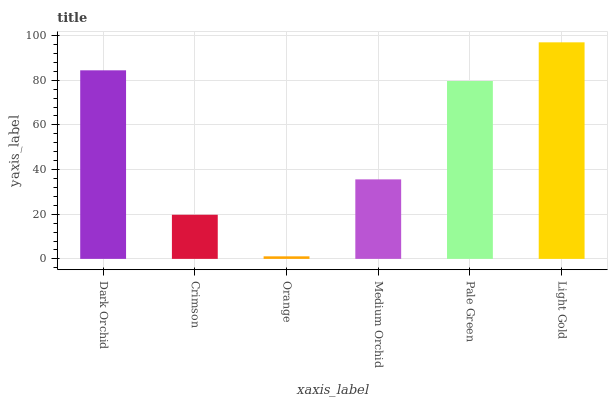
| xaxis_label | bars |
 | --- | --- |
 | Dark Orchid | 84.4 |
 | Crimson | 19.8 |
 | Orange | 1.14 |
 | Medium Orchid | 35.6 |
 | Pale Green | 79.7 |
 | Light Gold | 97 |